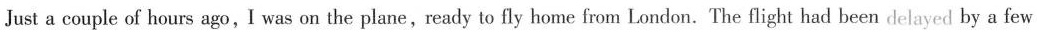
Just a couple of hours ago,I was on the plane,ready to fly home from London.The flight had been delayed by a few